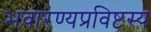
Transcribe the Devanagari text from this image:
भवारण्यप्रविष्टस्य